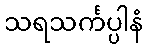
သရသင်္ကပ္ပါနံ